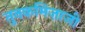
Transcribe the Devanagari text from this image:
तुनकमिज़ाजी